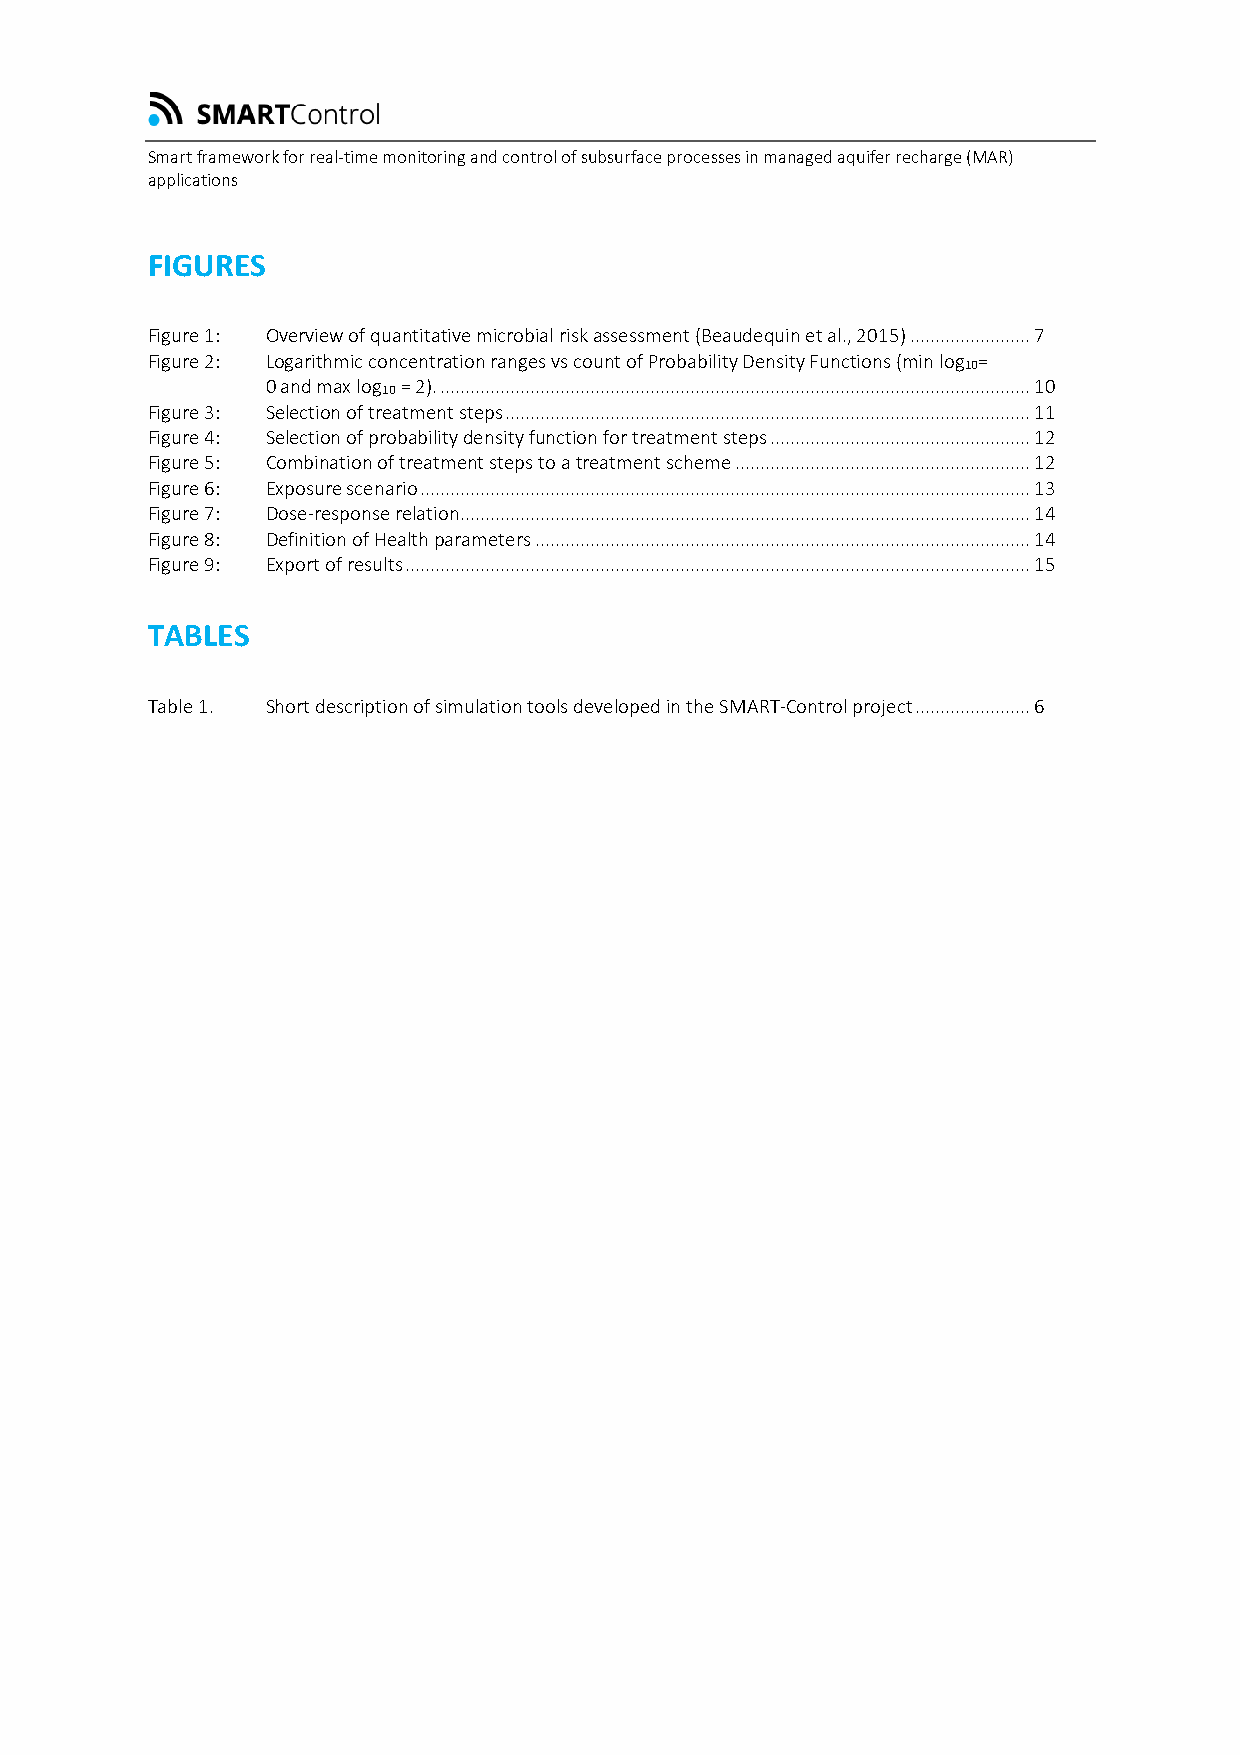
Smart framework for real-time monitoring and control of subsurface processes in managed aquifer recharge (MAR)
 applications
 FIGURES
 Figure 1: Overview of quantitative microbial risk assessment (Beaudequin et al., 2015) ........................ 7
 Figure 2: Logarithmic concentration ranges vs count of Probability Density Functions (min log =
 10
 0 and max log = 2). ...................................................................................................................... 10
 10
 Figure 3: Selection of treatment steps ......................................................................................................... 11
 Figure 4: Selection of probability density function for treatment steps .................................................... 12
 Figure 5: Combination of treatment steps to a treatment scheme ........................................................... 12
 Figure 6: Exposure scenario .......................................................................................................................... 13
 Figure 7: Dose-response relation.................................................................................................................. 14
 Figure 8: Definition of Health parameters ................................................................................................... 14
 Figure 9: Export of results ............................................................................................................................. 15
 TABLES
 Table 1. Short description of simulation tools developed in the SMART-Control project ....................... 6